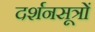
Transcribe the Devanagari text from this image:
दर्शनसूत्रों